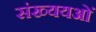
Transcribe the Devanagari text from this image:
संख्ययओं